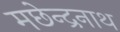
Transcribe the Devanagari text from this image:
मछेन्द्रनाथ